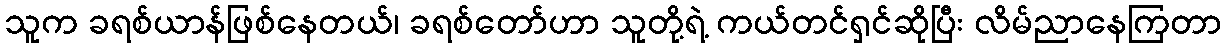
သူက ခရစ်ယာန်ဖြစ်နေတယ်၊ ခရစ်တော်ဟာ သူတို့ရဲ့ ကယ်တင်ရှင်ဆိုပြီး လိမ်ညာနေကြတာ